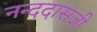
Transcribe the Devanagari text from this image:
नन्ददासजी